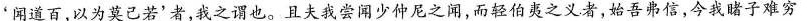
'闻道百，以为莫己若'者，我之谓也。且夫我尝闻少仲尼之闻，而轻伯夷之义者，始吾弗信，今我睹子难穷